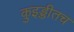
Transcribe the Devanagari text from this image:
क़ुइड्डीतच